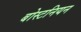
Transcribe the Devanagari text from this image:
बोस्टनियन